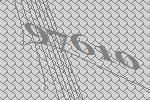
97610